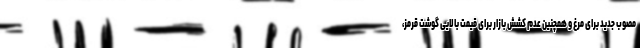
مصوب جدید برای مرغ و همچنین عدم کشش بازار برای قیمت بالایی گوشت قرمز،